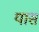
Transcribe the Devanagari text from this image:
यासं